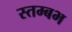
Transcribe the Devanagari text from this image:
स्तम्बभ